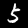
Label: 5